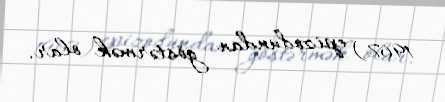
1967) epizodundan göstərmək olar.